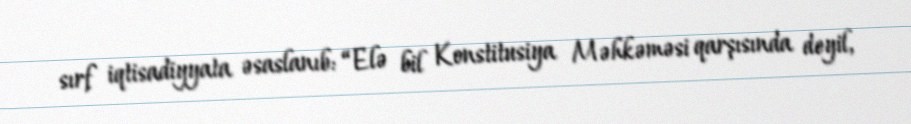
sırf iqtisadiyyata əsaslanıb: “Elə bil Konstitusiya Məhkəməsi qarşısında deyil,